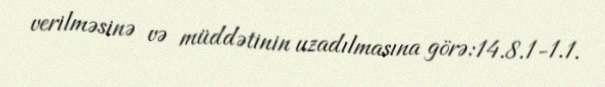
verilməsinə və müddətinin uzadılmasına görə:14.8.1-1.1.